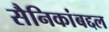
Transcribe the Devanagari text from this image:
सैनिकांबद्दल